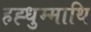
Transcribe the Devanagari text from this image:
हह्धुम्माथि